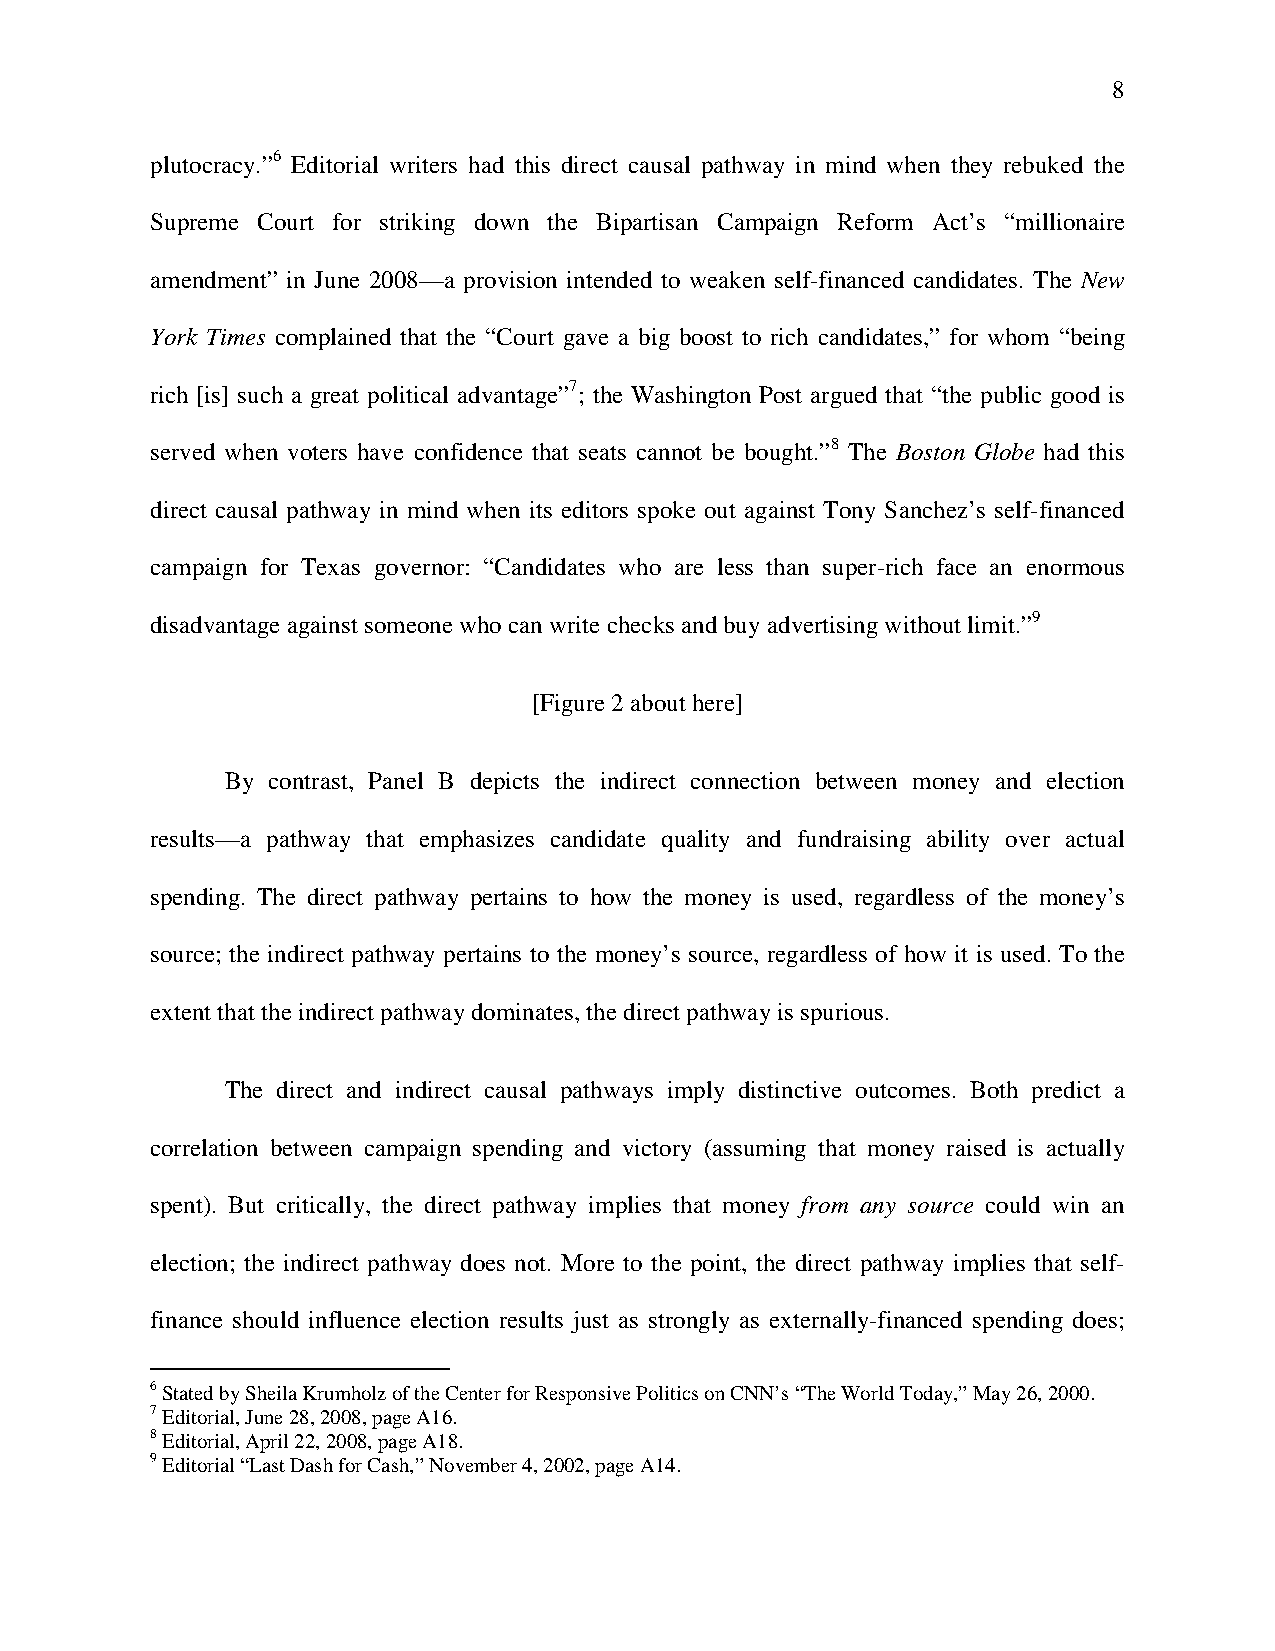
8
 plutocracy.”6 Editorial writers had this direct causal pathway in mind when they rebuked the
 Supreme Court for striking down the Bipartisan Campaign Reform Act’s “millionaire
 amendment” in June 2008—a provision intended to weaken self-financed candidates. The New
 York Times complained that the “Court gave a big boost to rich candidates,” for whom “being
 rich [is] such a great political advantage”7; the Washington Post argued that “the public good is
 served when voters have confidence that seats cannot be bought.”8 The Boston Globe had this
 direct causal pathway in mind when its editors spoke out against Tony Sanchez’s self-financed
 campaign for Texas governor: “Candidates who are less than super-rich face an enormous
 disadvantage against someone who can write checks and buy advertising without limit.”9
 [Figure 2 about here]
 By contrast, Panel B depicts the indirect connection between money and election
 results—a pathway that emphasizes candidate quality and fundraising ability over actual
 spending. The direct pathway pertains to how the money is used, regardless of the money’s
 source; the indirect pathway pertains to the money’s source, regardless of how it is used. To the
 extent that the indirect pathway dominates, the direct pathway is spurious.
 The direct and indirect causal pathways imply distinctive outcomes. Both predict a
 correlation between campaign spending and victory (assuming that money raised is actually
 spent). But critically, the direct pathway implies that money from any source could win an
 election; the indirect pathway does not. More to the point, the direct pathway implies that self-
 finance should influence election results just as strongly as externally-financed spending does;
 6 Stated by Sheila Krumholz of the Center for Responsive Politics on CNN’s “The World Today,” May 26, 2000.
 7 Editorial, June 28, 2008, page A16.
 8 Editorial, April 22, 2008, page A18.
 9 Editorial “Last Dash for Cash,” November 4, 2002, page A14.